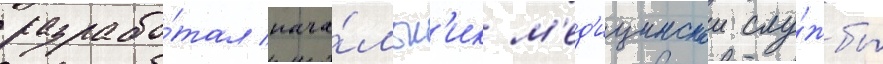
разрабо́тал нача́льн'ик м'ед'ицинскои слу́жбы